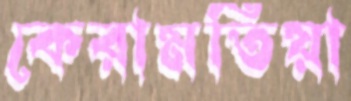
কেরামতিয়া